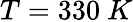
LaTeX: T=330\ K